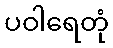
ပဝါရေတုံ